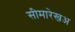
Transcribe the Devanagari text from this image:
सीमारेखअ